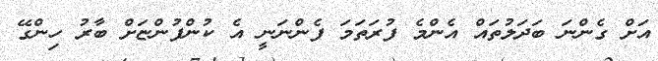
އަށް ގެންނަ ބަދަލުތައް އެންމެ ފުރަތަމަ ފެންނަނީ އެ ކުންފުންޏަށް ބާރު ހިންގޭ